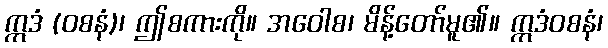
ဣဒံ (ဝစနံ)၊ ဤစကားကို။ အဝေါစ၊ မိန့်တော်မူ၏။ ဣဒံဝစနံ၊